Report on the working of the mental hospitals for Indians in Bihar and Orissa - 1925-1929
Year: 1925
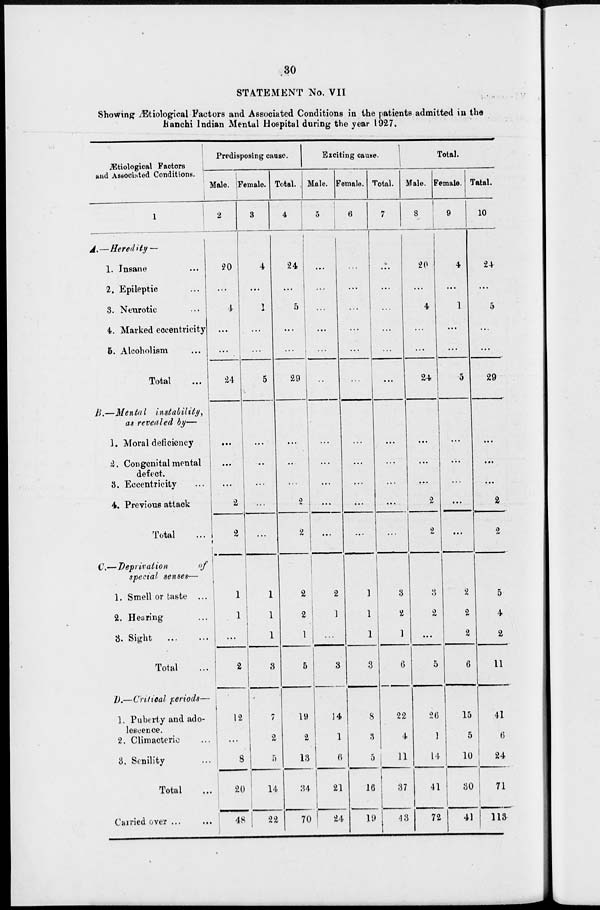
30
STATEMENT No. VII
Showing Ætiological Factors and Associated Conditions in the patients admitted in the
Ranchi Indian Mental Hospital during the year 1927.
Ætiological Factors
and Associated Conditions.
1
A.—Heredity —
1. Insane ...
2. Epileptic ...
3. Neurotic ...
4. Marked eccentricity
5. Alcoholism ...
Total ...
B.—Mental
Instability,
as revealed by—
1. Moral deficiency
2. Congenital mental
defect.
3. Eccentricity ...
4. Previous attack ...
Total
...
C.—Deprivation
of
special senses—
1. Smell or taste ...
2. Hearing ...
3. Sight
...
Total ...
D.—Critical periods—
1. Puberty and ado-
lescence.
2. Climacteric ...
3. Senility ...
Total ...
Carried oyer ... ...
Predisposing cause.
Male.
2
20
...
4
...
...
24
...
...
...
2
2
1
1
...
2
12
...
8
20
48
Female.
3
4
...
1
...
...
5
...
...
...
...
...
1
1
1
3
7
2
5
14
22
Total.
4
24
...
5
...
...
29
...
...
...
2
2
2
2
1
5
19
2
13
34
70
Exciting cause.
Male.
5
...
...
...
...
...
...
...
...
...
...
2
1
...
3
14
1
6
21
24
Female.
6
...
...
...
...
...
...
...
...
...
...
...
1
1
1
3
8
3
5
16
19
Total.
7
...
...
...
...
...
...
...
...
...
...
3
2
1
6
22
4
11
37
43
Total.
Male.
8
20
...
4
...
...
24
...
...
...
2
2
3
2
...
5
26
1
14
41
72
Female.
9
4
...
1
...
...
6
...
...
...
...
...
2
2
2
6
15
5
10
30
41
Total.
10
24
...
5
...
29
...
...
...
2
2
5
4
2
11
41
6
24
71
113